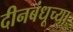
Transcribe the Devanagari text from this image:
दीनबंधूच्या